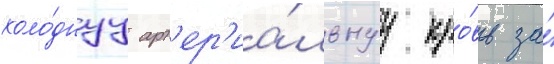
холо́днуу арт'ер'иа́льнуу кро́вь за́